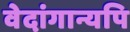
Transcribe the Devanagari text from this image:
वेदांगान्यपि